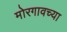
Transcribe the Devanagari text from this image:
मोरगावच्या